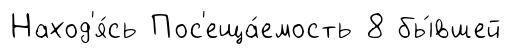
Наход'я́сь Пос'еща́емость 8 бы́вшей